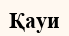
Қауи